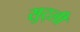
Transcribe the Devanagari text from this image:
सुट्ली